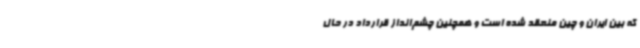
که بین ایران و چین منعقد شده است و همچنین چشم‌انداز قرارداد در حال